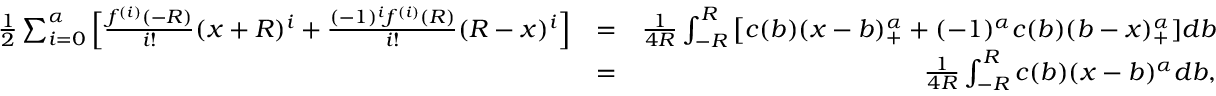
\begin{array} { r l r } { \frac { 1 } { 2 } \sum _ { i = 0 } ^ { \alpha } \Big [ \frac { f ^ { ( i ) } ( - R ) } { i ! } ( x + R ) ^ { i } + \frac { ( - 1 ) ^ { i } f ^ { ( i ) } ( R ) } { i ! } ( R - x ) ^ { i } \Big ] } & { = } & { \frac { 1 } { 4 R } \int _ { - R } ^ { R } \big [ c ( b ) ( x - b ) _ { + } ^ { \alpha } + ( - 1 ) ^ { \alpha } c ( b ) ( b - x ) _ { + } ^ { \alpha } ] d b } \\ & { = } & { \frac { 1 } { 4 R } \int _ { - R } ^ { R } c ( b ) ( x - b ) ^ { \alpha } d b , } \end{array}